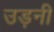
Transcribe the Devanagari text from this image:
उड़नी